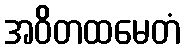
အဝိတထမေတံ